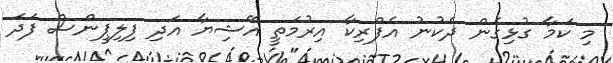
މި ކަމާ ގުޅިގެން ދެކުނު އެފްރިކާ އިރުމަތީ އޭޝިޔާ އަދި ފިލިޕީންސް ފަދަ